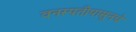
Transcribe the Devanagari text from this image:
वनस्पतीपासूनचे